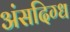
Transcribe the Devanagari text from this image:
अंसदिग्ध